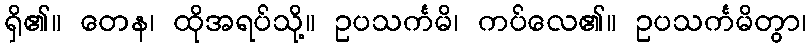
ရှိ၏။ တေန၊ ထိုအရပ်သို့။ ဥပသင်္ကမိ၊ ကပ်လေ၏။ ဥပသင်္ကမိတွာ၊